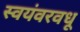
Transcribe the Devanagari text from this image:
स्वयंवरवधू